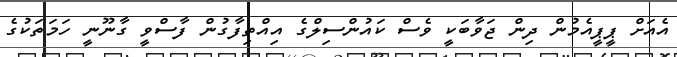
އެއަށް ޕީޕީއެމުން ދިން ޖަވާބަކީ ވެސް ކައުންސިލްގެ އިއްތިފާގުން ފާސްވީ ގާނޫނީ ހަމަތަކުގެ